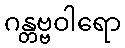
ဂန္တဗ္ဗဝါရော